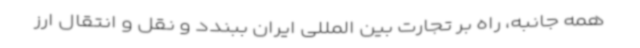
همه جانبه، راه بر تجارت بین المللی ایران ببندد و نقل و انتقال ارز